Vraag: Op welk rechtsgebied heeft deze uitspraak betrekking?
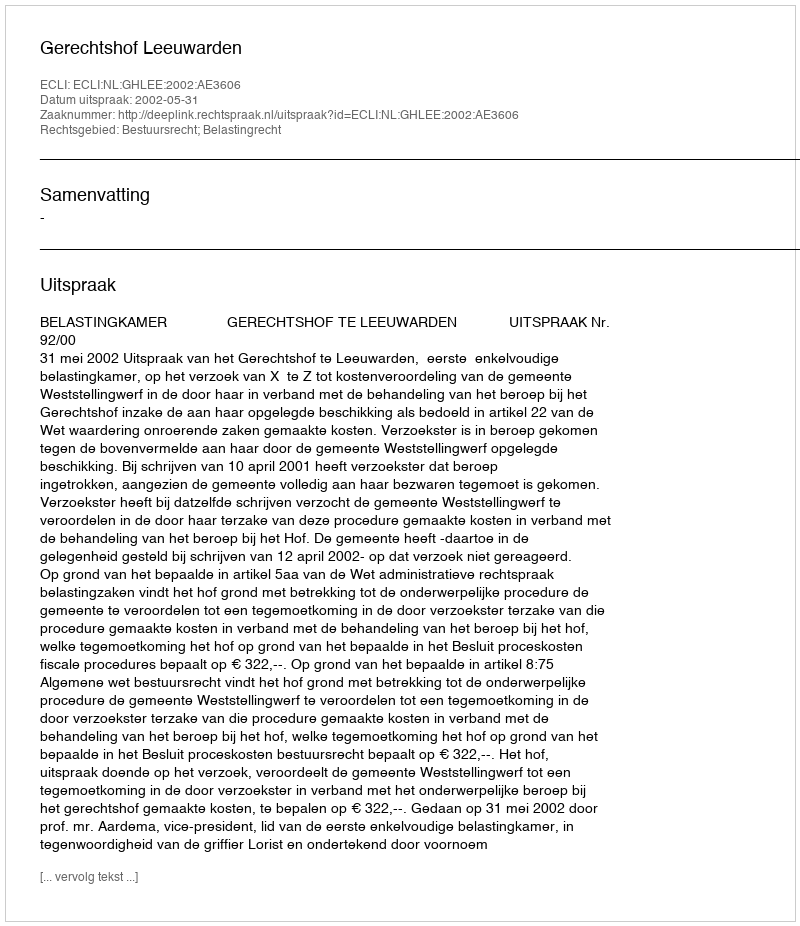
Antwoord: Bestuursrecht; Belastingrecht